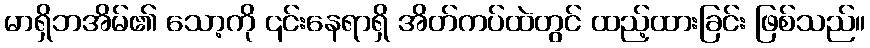
မာရှိဘအိမ်၏ သော့ကို ၎င်းနေရာရှိ အိတ်ကပ်ထဲတွင် ထည့်ထားခြင်း ဖြစ်သည်။